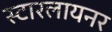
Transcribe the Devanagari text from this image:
स्टारलायनर